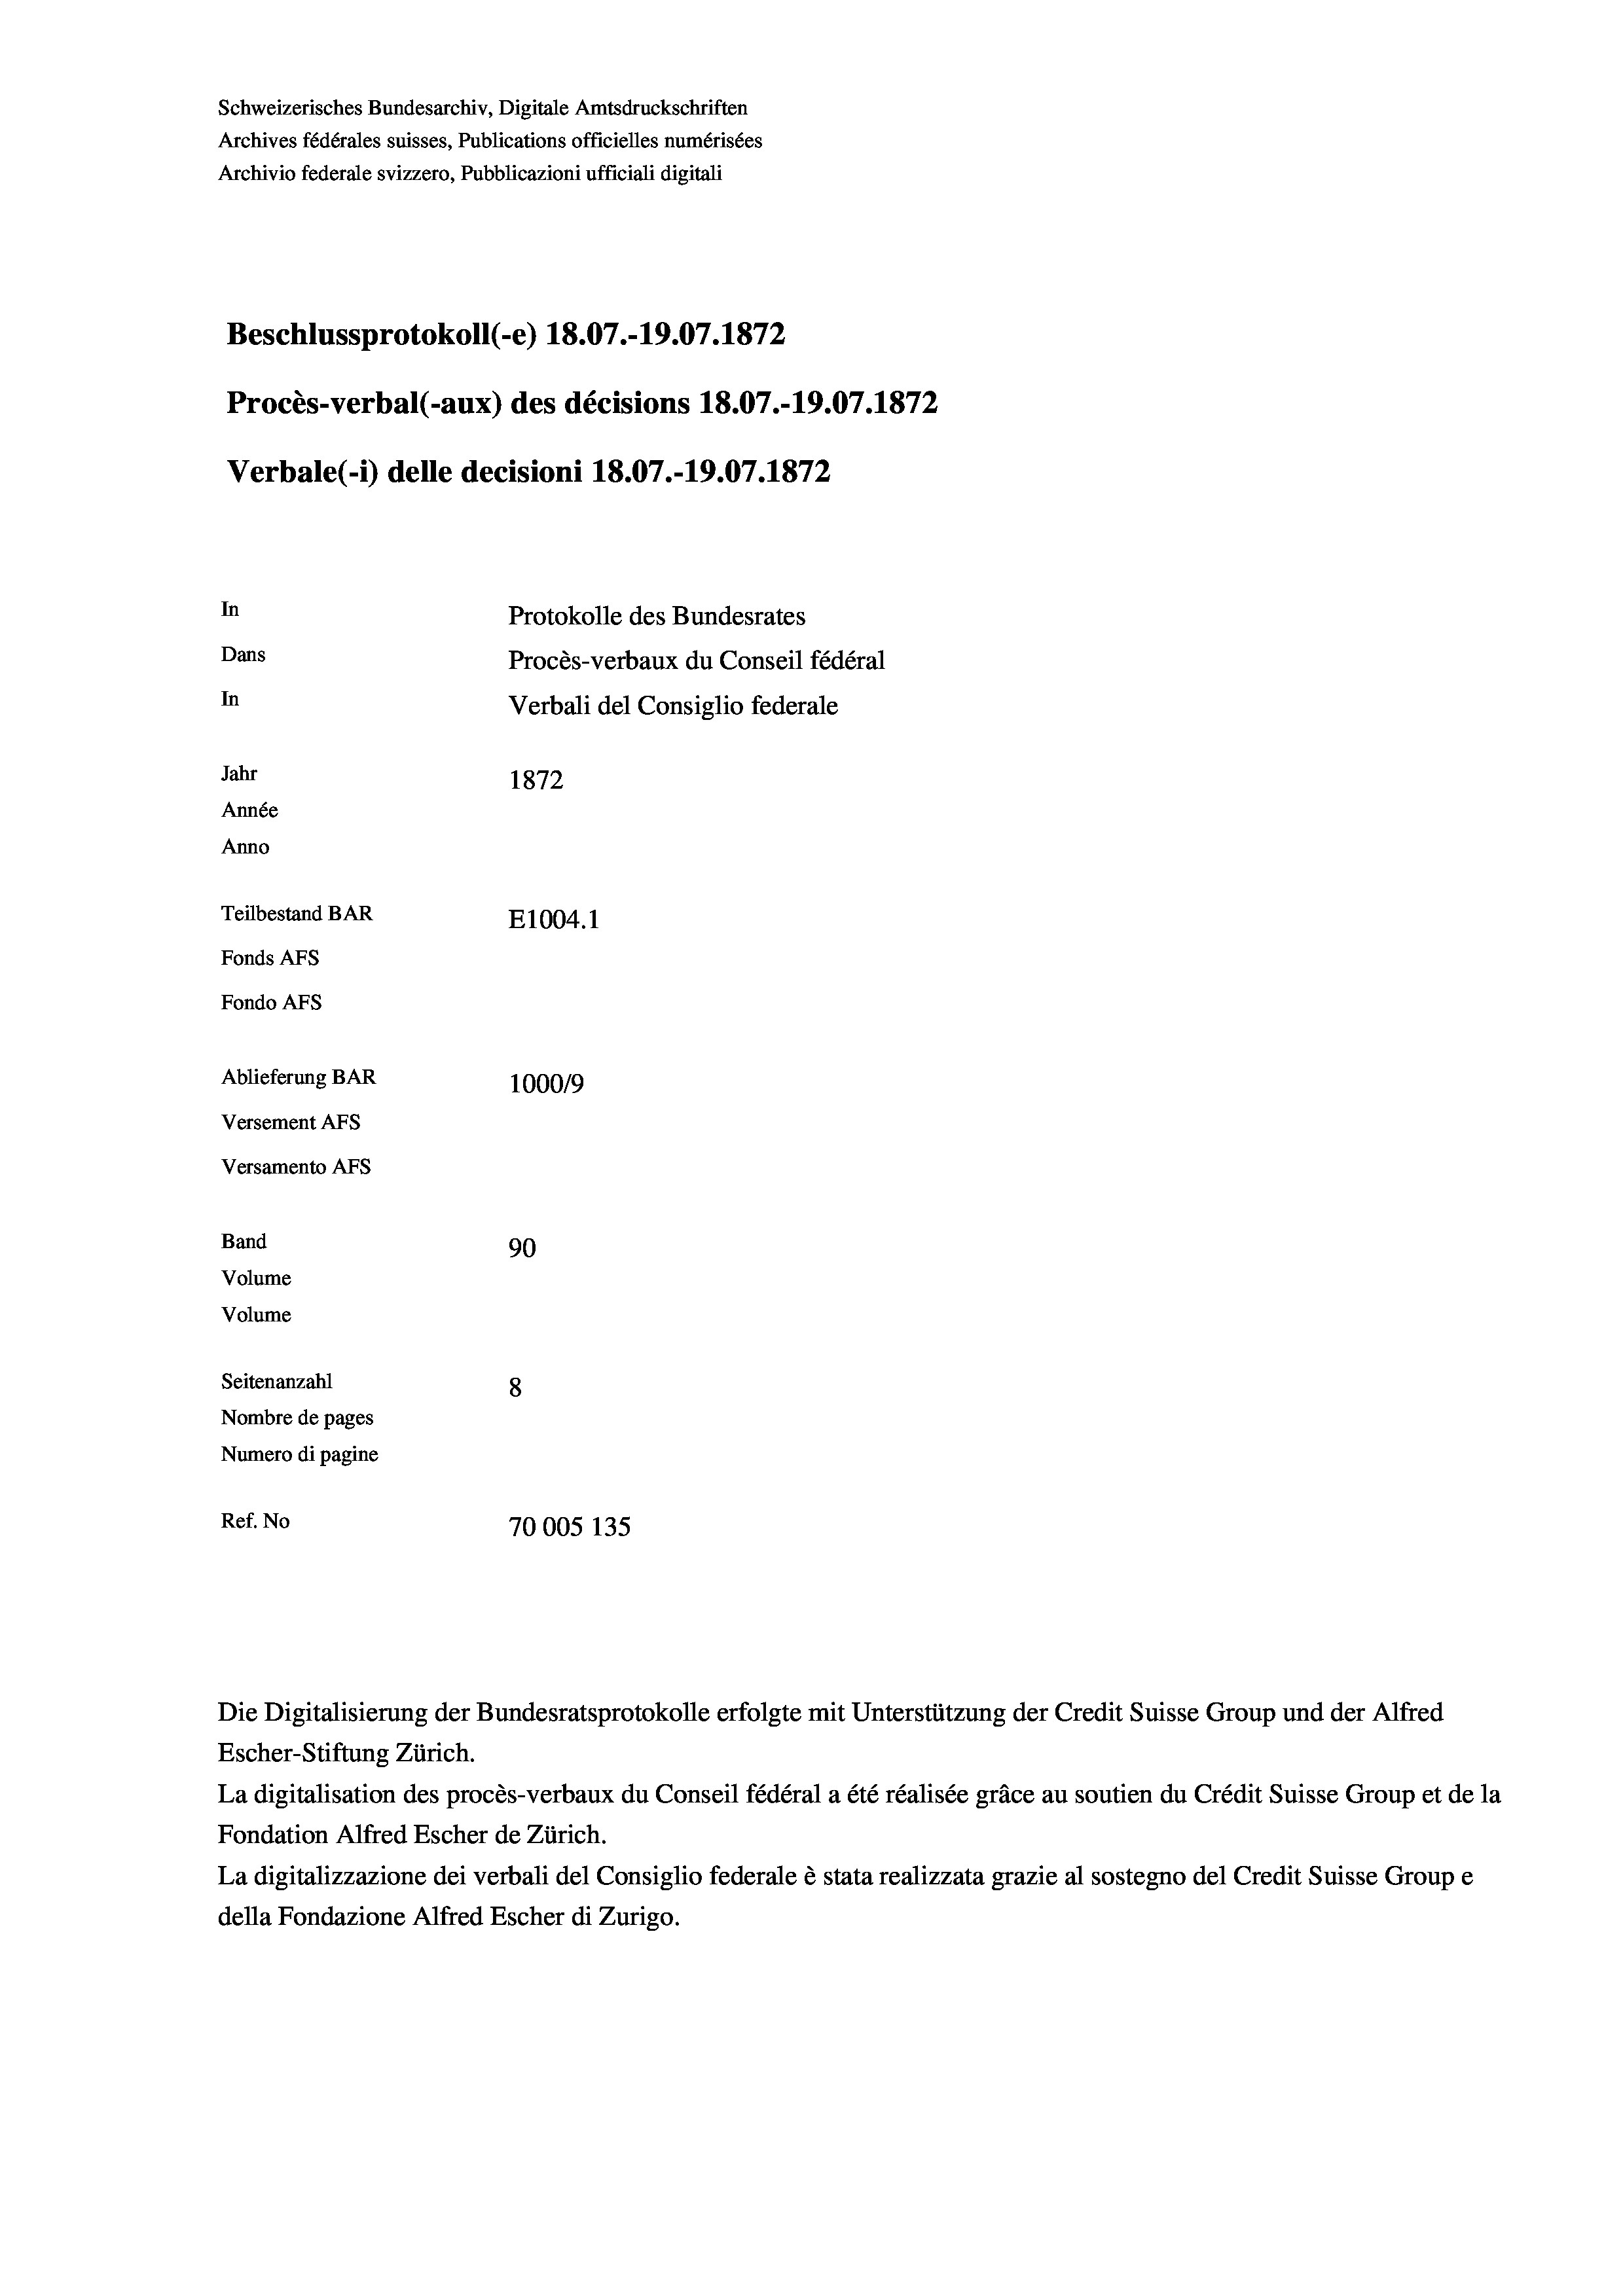
Schweizerisches Bundesarchiv, Digitale Amtsdruckschriften
Archives fédérales suisses, Publications officielles numérisées
Archivio federale svizzero, Pubblicazioni ufficiali digitali
Beschlussprotokoll (-e) 18.07.-19.07. 1872
Procès-verbal (-aux) des décisions 18.07.-19.07. 1872
Verbale(1) delle decisioni 18.07.-19.07. 1872
In
Protokolle des Bundesrates
Dans
Procès-verbaux du Conseil fédéral
In
Verbali del Consiglio federale
Jahr
1872
Année
Anno
Teilbestand BAR
E1004. 1
Fonds AFs
Fondo AFS
Ablieferung BAR
100019
Versement AFs
Versamento Afs
Band
90
Volume
Volume
Seitenanzahl
8

Nombre de pages
Numero di pagine
Ref. No
70005 135

Die Digitalisierung der Bundesratsprotokolle erfolgte mit Unterstützung der Credit Suisse Group und der Alfred
Escher-Stiftung Zürich.
La digitalisation des procès-verbaux du Conseil fédéral a été réalisée gräce au soutien du Crédit Suisse Group et de la
Fondation Alfred Escher de Zürich.
La digitalizzazione dei verbali del Consiglio federale è stata realizzata grazie al sostegno del Credit Suisse Groupe
della Fondazione Alfred Escher di Zurigo.